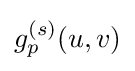
g_{p}^{(s)}(u,v)